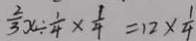
\frac { 2 } { 3 } x \div \frac { 1 } { 4 } \times \frac { 1 } { 4 } = 1 2 \times \frac { 1 } { 4 }